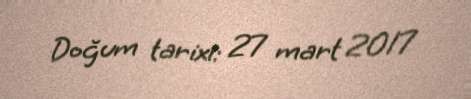
Doğum tarixi: 27 mart 2017